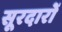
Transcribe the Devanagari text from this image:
सूरदारों